Preliminary report on the development of the Leishman-Donovan body in the bed bug - Number 27
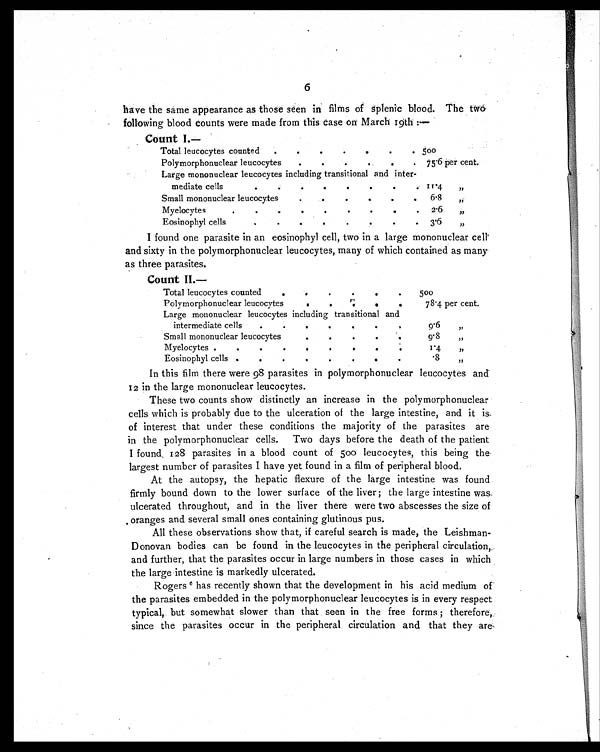
6
have the same appearance as those seen in films of splenic blood. The two
following blood counts were made from this case on March 19th :—
Count I.—
Total leucocytes counted
.
.
.
.
.
.
. 5 0 0
Polymorphonuclear leucocytes
.
. .
. . .
75.6 per cent.
Large mononuclear leucocytes including transitional and inter-
mediate cells
.
.
. 11.4 ,,
Small mononuclear leucocytes.
.
.
.
6.8
, ,
Myelocytes
.
.
.
.
.
. 2. 6
,,
Eosinophyl cells
.
.
.
.
.
.
3.6
, ,
I found one parasite in an eosinophyl cell, two in a large mononuclear cell
and sixty in the polymorphonuclear leucocytes, many of which contained as many
as three parasites.
Count II.—
Total leucocytes counted
.
.
500
Polymorphonuclear leucocytes
•
.
.
. .
78.4 per cent.
Large mononuclear leucocytes including transitional and
intermediate cells
. . . . . .
9.6
,,
Small mononuclear leucocytes
. . . .
9.8
, ,
Myelocytes .
.
.
.
.
1.4
,,
Eosinophyl cells
. . . . .
.8
, ,
In this film there were 98 parasites in polymorphonuclear leucocytes and
12 in the large mononuclear leucocytes.
These two counts show distinctly an increase in the polymorphonuclear
cells which is probably due to the ulceration of the large intestine, and it is
of interest that under these conditions the majority of the parasites are
in the polymorphonuclear cells. Two days before the death of the patient
I found. 128 parasites in a blood count of 500 leucocytes, this being the
largest number of parasites I have yet found in a film of peripheral blood.
At the autopsy, the hepatic flexure of the large intestine was found
firmly bound down to the lower surface of the liver; the large intestine was.
ulcerated throughout, and in the liver there were two abscesses the size of
oranges and several small ones containing glutinous pus.
All these observations show that, if careful search is made, the Leishman-
Donovan bodies can be found in the leucocytes in the peripheral circulation,
and further, that the parasites occur in large numbers in those cases in which
the large intestine is markedly ulcerated.
Rogers 6 has recently shown that the development in his acid medium of
the parasites embedded in the polymorphonuclear leucocytes is in every respect
typical, but somewhat slower than that seen in the free forms ; therefore,.
since the parasites occur in the peripheral circulation and that they are